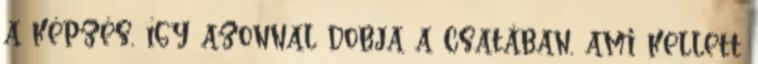
a képzés, így azonnal dobja a csatában, ami kellett